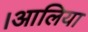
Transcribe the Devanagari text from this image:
।आलिया